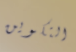
التكوين